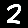
Digit: 2